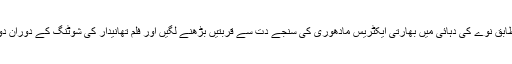
بھارتی رسالے کے مطابق نوے کی دہائی میں بھارتی ایکٹریس مادھوری کی سنجے دت سے قربتیں بڑھنے لگیں اور فلم تھانیدار کی شوٹنگ کے دوران دونوں کافی قریب آگئے۔